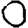
Digit: 0